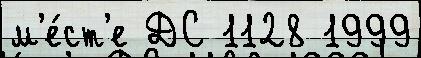
м'е́ст'е ДС 1128 1999